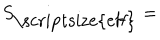
S _ { \mathrm { \scriptsize { e f f } } } =